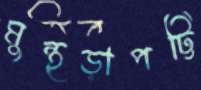
মুন্থড়াপট্টি